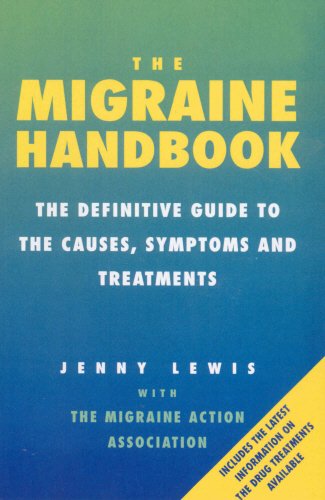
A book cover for The Migraine Handbook: The Definitive Guide to the Causes, Symptoms and Treatments; Jenny Lewis; Health, Fitness & Dieting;